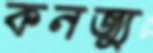
কনজ্যু